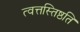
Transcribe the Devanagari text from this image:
त्वत्तस्तिष्ठति